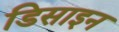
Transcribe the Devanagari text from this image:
डिसाइन